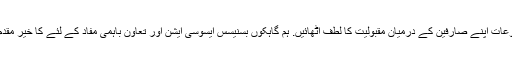
ہماری مصنوعات اپنے صارفین کے درمیان مقبولیت کا لطف اٹھائیں. ہم گاہکوں بسنیسس ایسوسی ایشن اور تعاون باہمی مفاد کے لئے کا خیر مقدم کرتے ہیں ۔